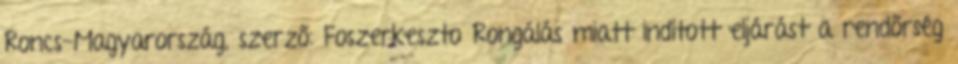
Roncs-Magyarország, szerző: Foszerkeszto Rongálás miatt indított eljárást a rendőrség